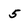
Character: 5